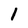
Character: 1